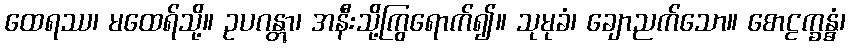
ထေရဿ၊ မထေရ်သို့။ ဥပဂန္တွာ၊ အနီးသို့ကြွရောက်၍။ သုမုခံ၊ ချောညက်သော။ စောဠက္ခန္ဓံ၊